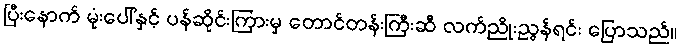
ပြီးနောက် မုံးပေါ်နှင့် ပန်ဆိုင်းကြားမှ တောင်တန်းကြီးဆီ လက်ညိုးညွန်ရင်း ပြောသည်။